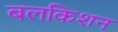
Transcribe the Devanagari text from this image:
बलकिशन